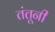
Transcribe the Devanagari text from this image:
तंतूनी